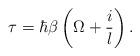
LaTeX: \begin{align*}\tau = \hbar \beta \left( \Omega + \frac{i}{l}\right).\end{align*}